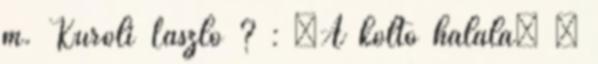
m. Kuroli László ? : „A költő halála” –